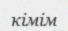
кімім